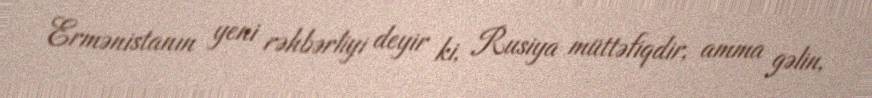
Ermənistanın yeni rəhbərliyi deyir ki, Rusiya müttəfiqdir, amma gəlin,